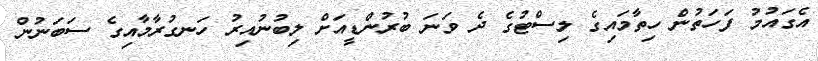
އެގައުމު ފަހަތުން ހިތާމައިގެ ލިސްޓުގެ ދެ ވަނަ ބުރުންޑީއަށް ލިބުނުއިރު ހަނގުރާމާއިގެ ސަބަނުން